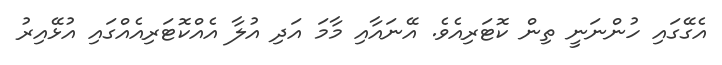
އެގޭގައި ހުންނަނީ ތިން ކޮޓަރިއެވެ. އޭނައާއި މާމަ އަދި އުލާ އެއްކޮޓަރިއެއްގައި އުޅޭއިރު